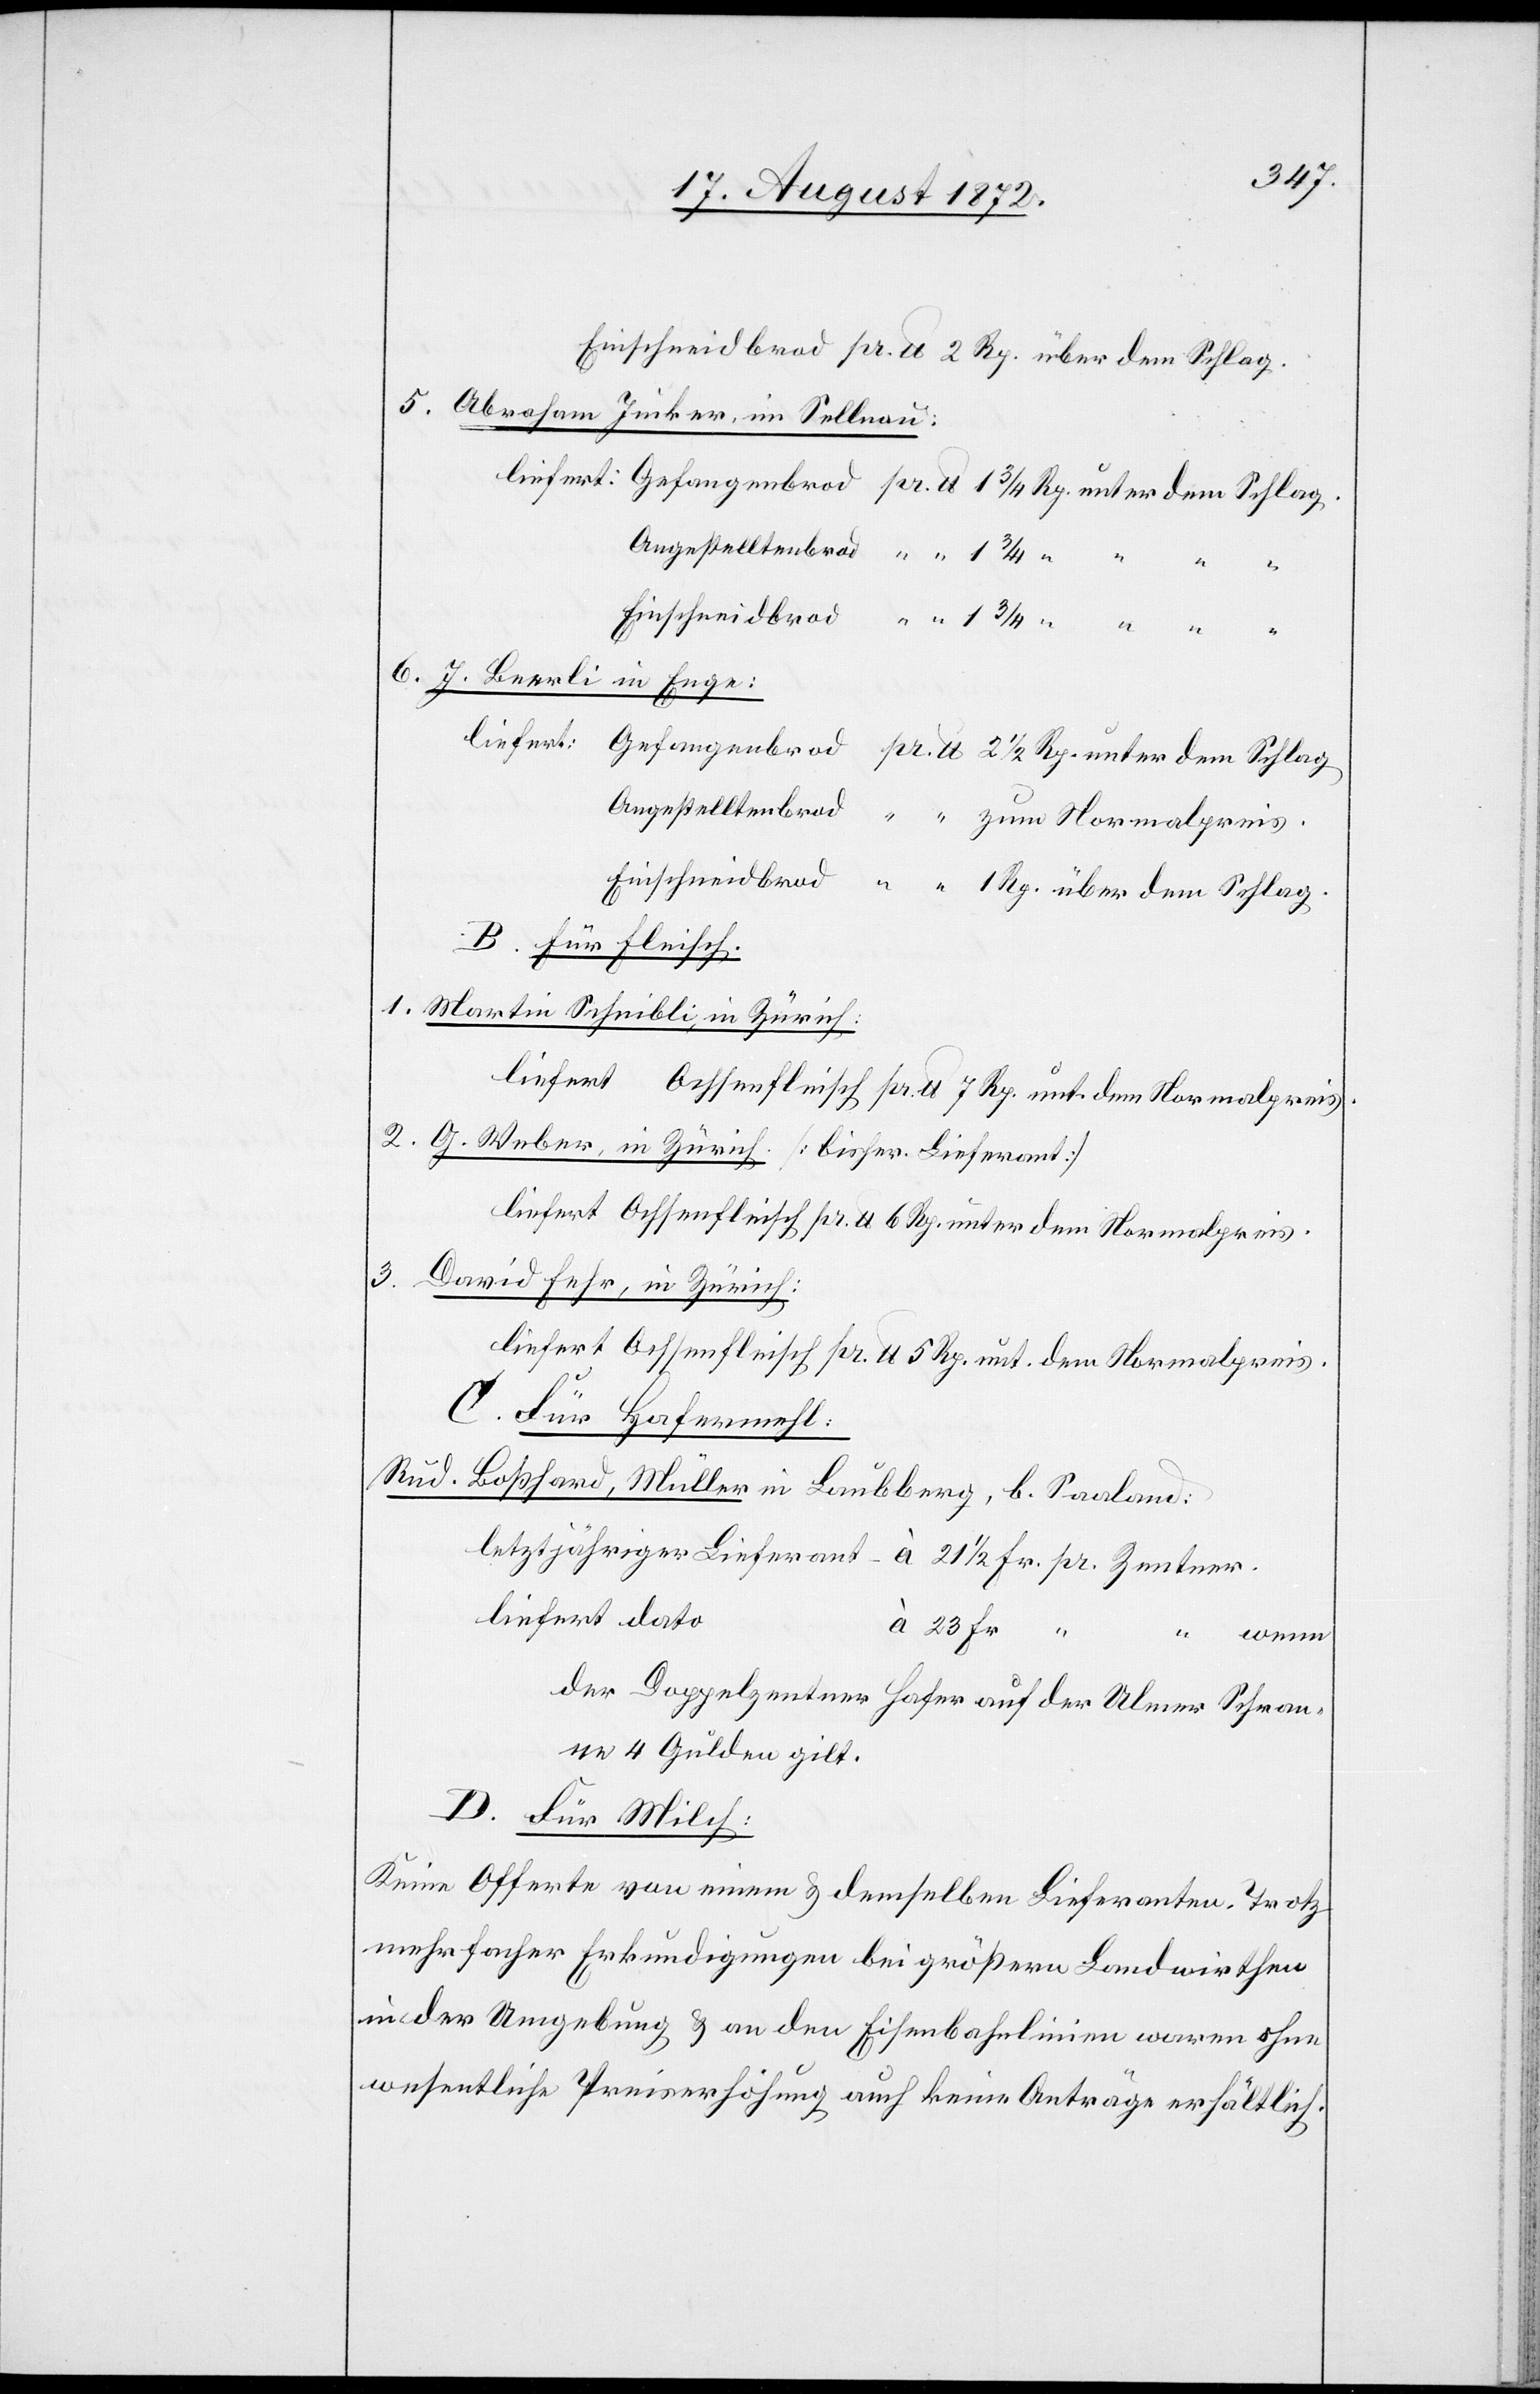
5. Abraham Junker, im Sellnau:
6. J. Beerli in Enge:
Angestelltenbrod
Einschneidbrod
B. Für Fleisch.
1. Martin Schnibli, in Zürich:
liefert Ochsenfleisch pr. lb. 7 Rp. unter dem Normalpreis.
2. G. Weber, in Zürich: [bisher. Lieferant]
liefert Ochsenfleisch pr. lb 6 Rp. unter dem Normalpreis.
3.
David Fehr, in Zürich:
liefert Ochsenfleisch pr. lb 5 Rp. unt. dem Normalpreis.
C. Für Hafermehl:
Rud. Boßhard, Müller in Laubberg, b. Saaland:
liefert dato
wenn
der Doppelzentner Hafer auf der Ulmer Schran¬
ne 4 Gulden gilt.
D. Für Milch:
Keine Offerte von einem u. demselben Lieferanten. Trotz
mehrfacher Erkundigungen bei größern Landwirthen
in der Umgebung u. an den Eisenbahnlinien waren ohne
wesentliche Preiserhöhung auch keine Anträge erhältlich.